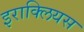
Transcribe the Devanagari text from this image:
इराक्लियस